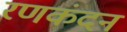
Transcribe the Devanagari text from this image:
रणकंदन